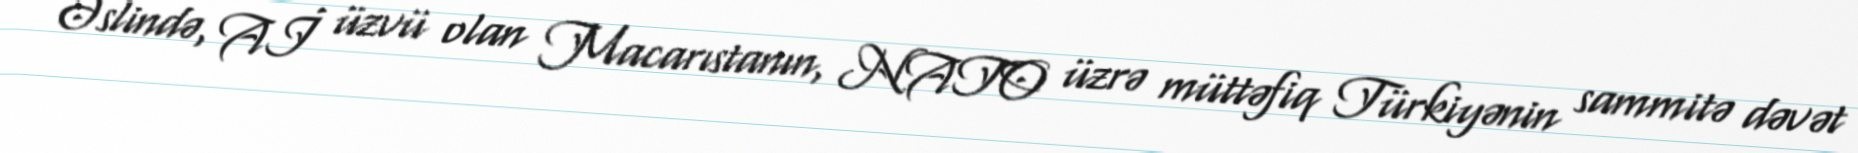
Əslində, Aİ üzvü olan Macarıstanın, NATO üzrə müttəfiq Türkiyənin sammitə dəvət